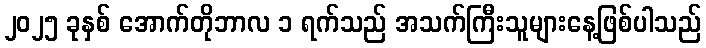
၂၀၂၅ ခုနှစ် အောက်တိုဘာလ ၁ ရက်သည် အသက်ကြီးသူများနေ့ဖြစ်ပါသည်